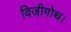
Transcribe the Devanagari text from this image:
विजीगोथ।